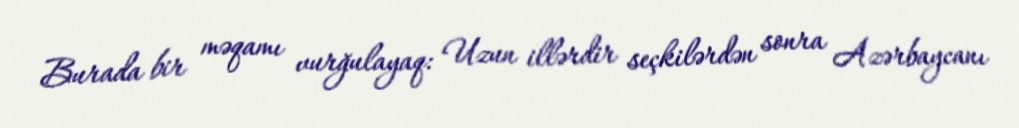
Burada bir məqamı vurğulayaq: Uzun illərdir seçkilərdən sonra Azərbaycanı